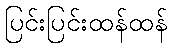
ပြင်းပြင်းထန်ထန်